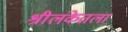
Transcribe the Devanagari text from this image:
श्रीलंकेतला